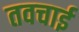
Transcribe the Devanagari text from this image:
तवचाई